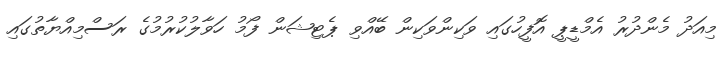
މިއަދު މެންދުރު އެމްޑީޕީ އޮފީހުގައި ވަކިންވަކިން ބޭއްވި ޕެޓިޝަން ފޯމު ހަވާލުކުރުމުގެ ރަސްމިއްޔާތުގައި